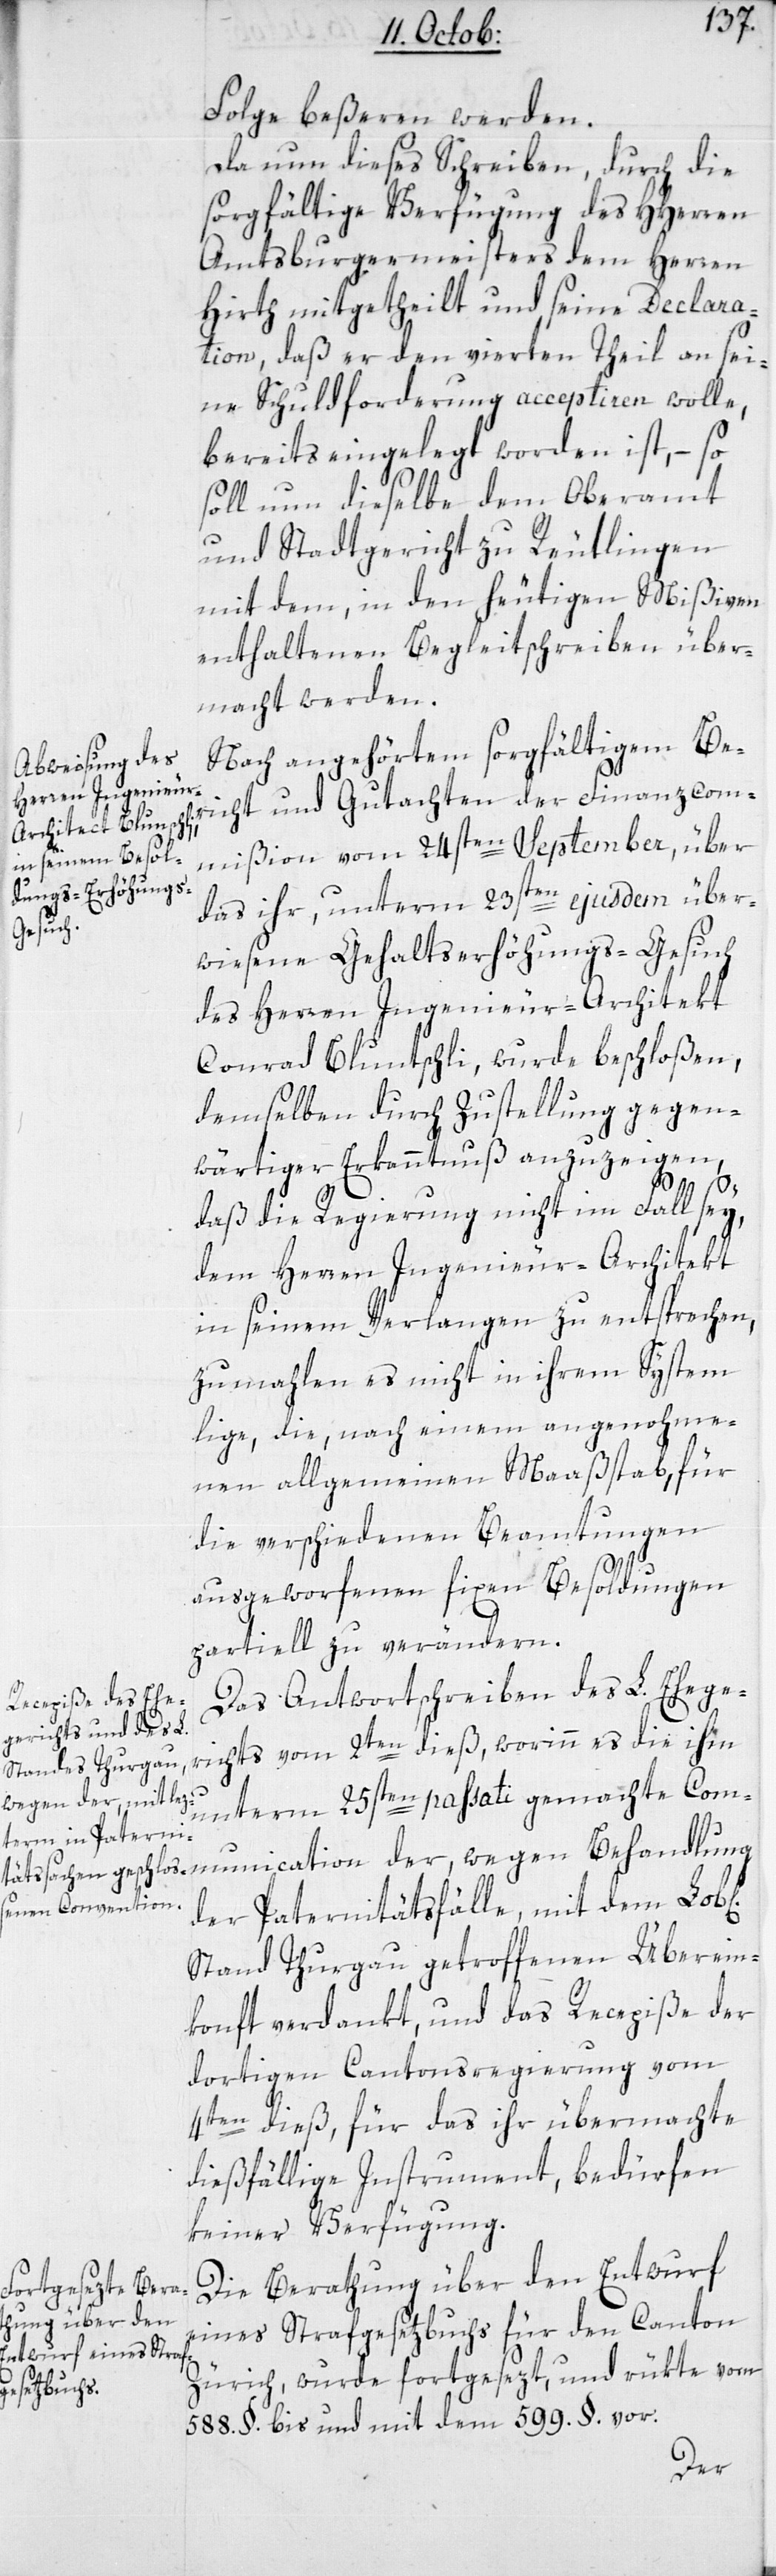
Folge beßeren werden.
Da nun dieses Schreiben durch die
sorgfältige Verfügung des HHerren
Amtsburgermeisters dem Herren
[sic!] mitgetheilt und seine Declara¬
tion, daß er den vierten Theil an sei¬
ne Schuldforderung acceptieren wolle,
bereits eingelegt worden ist, – so
soll nun dieselbe dem Oberamt
und Stadtgericht zu Reutlingen
mit dem, in den heutigen Mißiven
enthaltenen Begleitschreiben über¬
macht werden.
Nach angehörtem sorgfältigem Ber¬
icht und Gutachten der Finanzcom¬
mißion vom 24sten September, über
das ihr, unterm 23sten ejusdem über¬
wiesene Gehaltserhöhungs-Gesuch
des Herren Ingenieur-Architekt
demselben durch Zustellung gegen¬
wärtiger Erkanntnuß anzuzeigen,
daß die Regierung nicht im Fall sey,
dem Herren Ingenieur-Architekt
in seinem Verlangen zu entsprechen,
zumahlen es nicht in ihrem System
lige, die nach einem angenohme¬
nen allgemeinen Maaßstab für
die verschiedenen Beamtungen
ausgeworfenen fixen Besoldungen
partiell zu verändern.
Das Antwortschreiben des L. Ehege¬
richts vom 2ten dieß, worinn es die ihm
unterm 25sten passati gemachte Comm¬
der Paternitätsfälle, mit dem Lob¬
Stand Thurgau getroffenen Überein¬
konft verdankt, und das Recepiße der
dortigen Cantonsregierung vom
4ten dieß, für das ihr übermachte
dießfällige Instrument, bedürfen
keiner Verfügung.
Die Berathung über den Entwurf
eines Strafgesetzbuchs für den Canton
Zürich wurde fortgesezt, und rükte vom
l[ichen]
588. §. bis und mit dem 599. §. vor.
der,